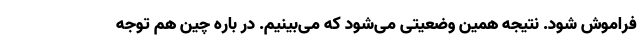
فراموش شود. نتیجه همین وضعیتی می‌شود که می‌بینیم. در باره چین هم توجه